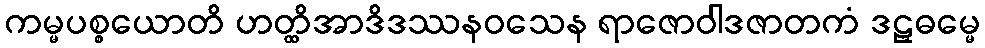
ကမ္မပစ္စယောတိ ဟတ္ထိအာဒိဒဿနဝသေန ရာဇောဝါဒဇာတကံ ဒဠှဓမ္မေ